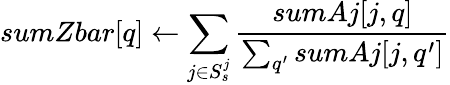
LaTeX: sumZbar[q]\leftarrow\sum_{j\in S_{s}^{j}}\frac{sumAj[j,q]}{\sum_{q^{\prime}}sumAj[j,q^{\prime}]}